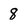
Character: 8